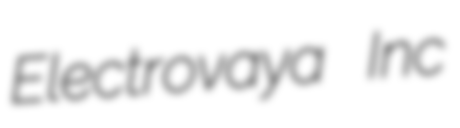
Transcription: Electrovaya Inc